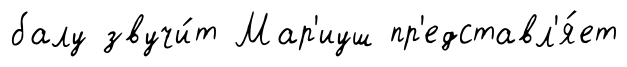
балу звучи́т Мар'иуш пр'едставл'я́ет